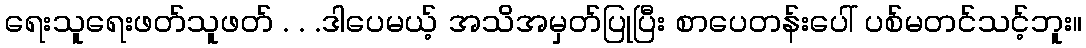
ရေးသူရေးဖတ်သူဖတ် . . .ဒါပေမယ့် အသိအမှတ်ပြုပြီး စာပေတန်းပေါ် ပစ်မတင်သင့်ဘူး။